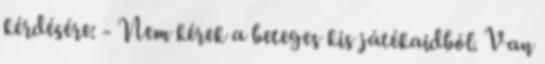
kérdésére: - Nem kérek a beteges kis játékaidból. Van